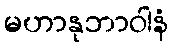
မဟာနုဘာဝါနံ